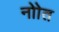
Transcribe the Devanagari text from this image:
नोाेत